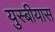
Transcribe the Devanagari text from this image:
युस्बीयास